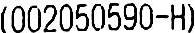
(002050590-H)